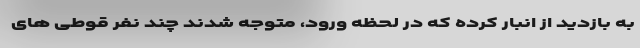
به بازدید از انبار کرده که در لحظه ورود، متوجه شدند چند نفر قوطی های